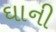
ઘાની